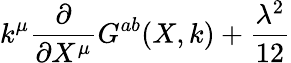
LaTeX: k^{\mu}\frac\partial{\partial X^{\mu}}G^{ab}(X,k)+\frac{\lambda^{2}}{12}